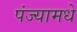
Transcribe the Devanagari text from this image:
पंज्यामधे